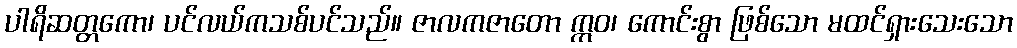
ပါရိဆတ္တကော၊ ပင်လယ်ကသစ်ပင်သည်။ ဇာလကဇာတော ဣဝ၊ ကောင်းစွာ ဖြစ်သော မထင်ရှားသေးသော